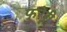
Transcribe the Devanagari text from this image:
फुरेरी